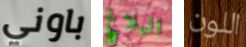
باوني البلاغ اللون